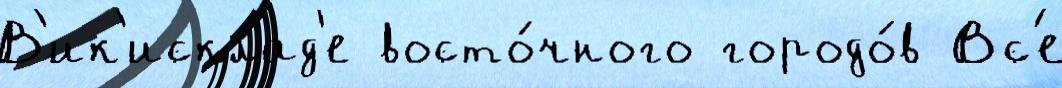
В'ик'исклад'е восто́чного городо́в Вс'е